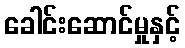
ခေါင်းဆောင်မှုနှင့်